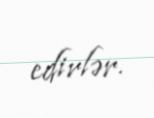
edirlər.